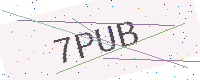
Text: 7PUB